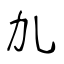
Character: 劜